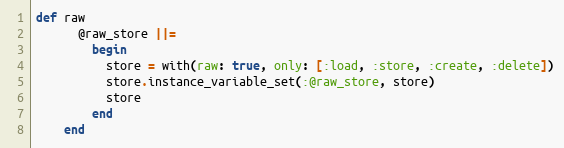
Language: Ruby
def raw
      @raw_store ||=
        begin
          store = with(raw: true, only: [:load, :store, :create, :delete])
          store.instance_variable_set(:@raw_store, store)
          store
        end
    end